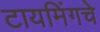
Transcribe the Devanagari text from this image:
टायमिंगचे